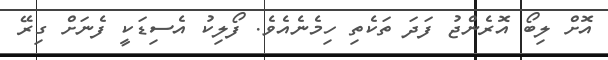
އޮށް ލިބޯ އޮރެންޖު ފަދަ ތަކެތި ހިމެނެއެވެ. ފޯލިކު އެސިޑަކީ ފެނަށް ގިރޭ